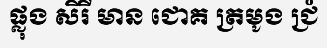
ផ្លុង សិរី មាន ជោគ ត្រមូង ជ្រំ